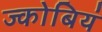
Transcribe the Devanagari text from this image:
ज्कोबियं